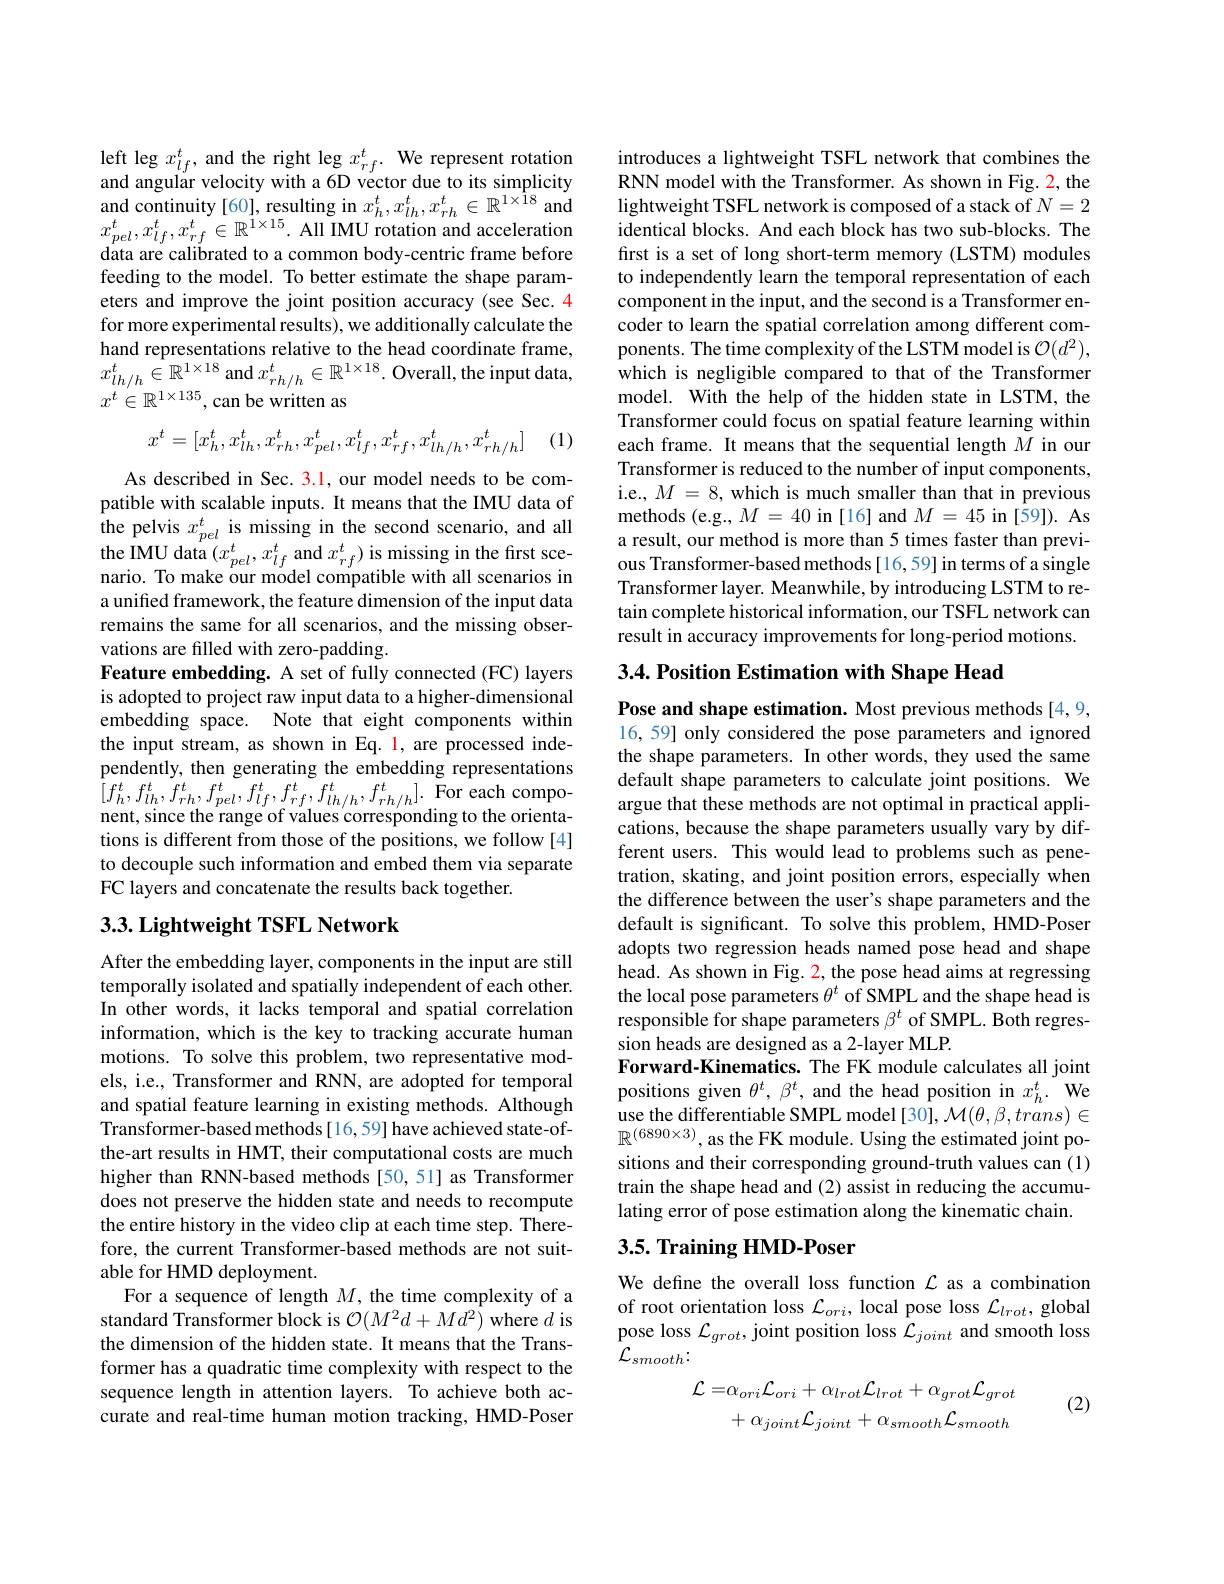
left leg $x_lf^t$, and the right leg $x_{rf}^t.$ We represent rotation and angular velocity with a 6D vector due to its simplicity $\begin{array}{l}{\mathrm{and~continuity~[60],~resulting~in~}x_{h}^{t},x_{lh}^{t},x_{rh}^{t}\in\mathbb{R}^{1\times\hat{1}8}\mathrm{~and}}\\{x_{pel}^{t},x_{lf}^{t},x_{rf}^{t}\in\mathbb{R}^{1\times15}.\mathrm{~All~IMU~rotation~and~acceleration}}\end{array}$ data are calibrated to a common body-centric frame before feeding to the model. To better estimate the shape parameters and improve the joint position accuracy (see Sec. 4 for more experimental results), we additionally calculate the hand representations relative to the head coordinate frame, $x_{lh/h}^{t}\in\mathbb{R}^{1\times18}$ and $x_rh/h^{t}\in\mathbb{R}^{1\times18}.$ Overall, the input data, $x^t\in\mathbb{R}^{1\times135}$,can be written as
$$x^t=[x_h^t,x_{lh}^t,x_{rh}^t,x_{pel}^t,x_{lf}^t,x_{rf}^t,x_{lh/h}^t,x_{rh/h}^t]$$
(1)

As described in Sec. 3.1, our model needs to be compatible with scalable inputs. It means that the IMU data of the pelvis $x_pel^t$ is missing in the second scenario, and all $\begin{array}{l}{\mathrm{the~IMU~data~}(x_{pel}^{t},x_{lf}^{t}\mathrm{~and~}x_{rf}^{t})\mathrm{~is~missing~in~the~first~sce-}}\\{\mathrm{nario.~To~make~our~model~compatible~with~all~scenarios~in}}\end{array}$ a unified framework, the feature dimension of the input data remains the same for all scenarios, and the missing observations are filled with zero-padding.
Feature embedding. A set of fully connected (FC) layers is adopted to project raw input data to a higher-dimensional embedding space. Note that eight components within the input stream, as shown in Eq. 1, are processed independently, then generating the embedding representations $[f_{h}^{t},f_{lh}^{t},f_{rh}^{t},f_{pel}^{t},f_{lf}^{t},f_{rf}^{t},f_{lh/h}^{t},f_{rh/h}^{t}].$For each component, since the range of values corresponding to the orientations is different from those of the positions, we follow [4] to decouple such information and embed them via separate FC layers and concatenate the results back together.

## $3. 3. \textbf{Lightweight TSFL Network}$

After the embedding layer, components in the input are still temporally isolated and spatially independent of each other. In other words, it lacks temporal and spatial correlation information, which is the key to tracking accurate human motions. To solve this problem, two representative models, i.e., Transformer and RNN, are adopted for temporal and spatial feature learning in existing methods. Although Transformer-based methods[16,59] have achieved state-ofthe-art results in HMT, their computational costs are much higher than RNN-based methods [50,51] as Transformer does not preserve the hidden state and needs to recompute the entire history in the video clip at each time step. Therefore, the current Transformer-based methods are not suitable for HMD deployment.
For a sequence of length $M$, the time complexity of a standard Transformer block is $\mathcal{O}(M^2d+Md^2)$ where $d$ is the dimension of the hidden state. It means that the Transformer has a quadratic time complexity with respect to the sequence length in attention layers. To achieve both accurate and real-time human motion tracking, HMD-Poser

introduces a lightweight TSFL network that combines the RNN model with the Transformer. As shown in Fig. 2, the lightweight TSFL network is composed of a stack of $N=2$ identical blocks. And each block has two sub-blocks. The first is a set of long short-term memory (LSTM) modules to independently learn the temporal representation of each component in the input, and the second is a Transformer encoder to learn the spatial correlation among different components. The time complexity of the LSTM model is $\mathcal{O}(d^2)$, which is negligible compared to that of the Transformer model. With the help of the hidden state in LSTM, the Transformer could focus on spatial feature learning within each frame. It means that the sequential length $M$ in our Transformer is reduced to the number of input components, i.e., $M=8$, which is much smaller than that in previous methods (e.g., $M=40$ in [16] and $M=45$ in [59]). As a result, our method is more than 5 times faster than previous Transformer-based methods [16,59] in terms of a single Transformer layer. Meanwhile, by introducing LSTM to retain complete historical information, our TSFL network can result in accuracy improvements for long-period motions.

3.4. Position Estimation with Shape Head

Pose and shape estimation. Most previous methods [4,9, 16,59] only considered the pose parameters and ignored the shape parameters. In other words, they used the same default shape parameters to calculate joint positions. We argue that these methods are not optimal in practical applications, because the shape parameters usually vary by different users. This would lead to problems such as penetration, skating, and joint position errors, especially when the difference between the user's shape parameters and the default is significant. To solve this problem, HMD-Poser adopts two regression heads named pose head and shape head. As shown in Fig. 2, the pose head aims at regressing the local pose parameters $\theta^t$ of SMPL and the shape head is responsible for shape parameters $\beta^t$ of SMPL. Both regression heads are designed as a 2-layer MLP.
Forward-Kinematics. The FK module calculates all joint positions given $\theta^t,\beta^t$, and the head position in $x_h^t.$ We use the differentiable SMPL model [30], $\mathcal{M}(\theta,\beta,trans)\in$ $\mathbb{R}^{(6890\times3)}$,as the FK module. Using the estimated joint positions and their corresponding ground-truth values can (1) train the shape head and (2) assist in reducing the accumulating error of pose estimation along the kinematic chain.

## 3.5. Training HMD-Poser

We define the overall loss function $\mathcal{L}$ as a combination of root orientation loss $\mathcal{L}_ori$, local pose loss $\mathcal{L}_lrot$, global pose loss $\mathcal{L}_grot$, joint position loss $\mathcal{L}_joint$ and smooth loss $\mathcal{L}_{smooth}\colon$

(2)
$$\mathcal{L}=\alpha_{ori}\mathcal{L}_{ori}+\alpha_{lrot}\mathcal{L}_{lrot}+\alpha_{grot}\mathcal{L}_{grot}\\+\alpha_{joint}\mathcal{L}_{joint}+\alpha_{smooth}\mathcal{L}_{smooth}$$